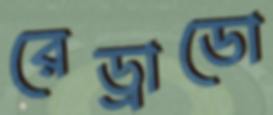
রেড্রাডো